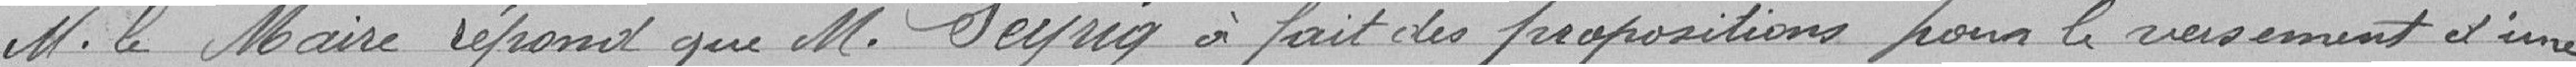
M. le Maire répond que M. seyrig a fait des propositions pour le versement d'une